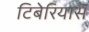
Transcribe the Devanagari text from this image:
टिबेरियास